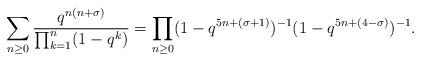
LaTeX: \begin{align*}\sum_{n\geq 0}\frac{q^{n(n+\sigma)}}{\prod_{k=1}^{n}(1-q^k)}=\prod_{n\geq 0}(1-q^{5n+(\sigma+1)})^{-1}(1-q^{5n+(4-\sigma)})^{-1}.\end{align*}